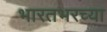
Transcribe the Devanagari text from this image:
भारतभरच्या